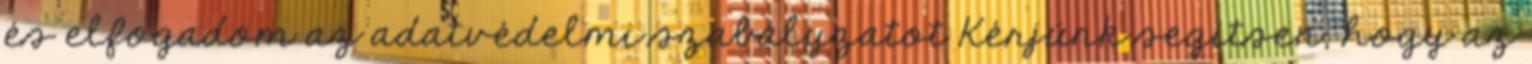
és elfogadom az adatvédelmi szabályzatot Kérjünk segítsen, hogy az